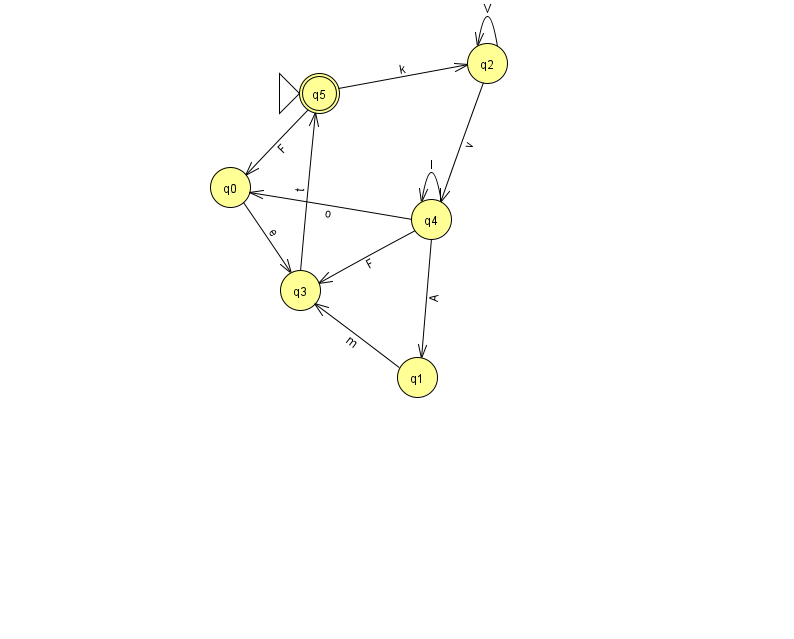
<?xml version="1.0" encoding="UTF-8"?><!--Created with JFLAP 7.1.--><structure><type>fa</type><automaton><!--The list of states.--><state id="0" name="q0"><x>230.0</x><y>174.0</y></state><state id="1" name="q1"><x>417.0</x><y>364.0</y></state><state id="2" name="q2"><x>487.0</x><y>50.0</y></state><state id="3" name="q3"><x>300.0</x><y>277.0</y></state><state id="4" name="q4"><x>431.0</x><y>206.0</y></state><state id="5" name="q5"><x>319.0</x><y>80.0</y><initial/><final/></state><!--The list of transitions.--><transition><from>5</from><to>0</to><read>F</read></transition><transition><from>4</from><to>0</to><read>o</read></transition><transition><from>4</from><to>1</to><read>A</read></transition><transition><from>4</from><to>3</to><read>F</read></transition><transition><from>2</from><to>2</to><read>V</read></transition><transition><from>1</from><to>3</to><read>m</read></transition><transition><from>3</from><to>5</to><read>t</read></transition><transition><from>4</from><to>4</to><read>l</read></transition><transition><from>0</from><to>3</to><read>e</read></transition><transition><from>2</from><to>4</to><read>v</read></transition><transition><from>5</from><to>2</to><read>k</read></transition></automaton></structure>